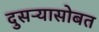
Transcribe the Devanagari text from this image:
दुसऱ्यासोबत